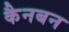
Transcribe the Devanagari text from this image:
कैनबन